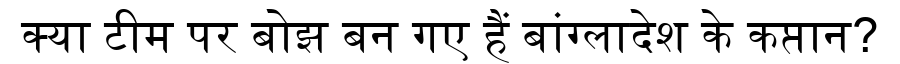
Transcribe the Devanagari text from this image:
क्या टीम पर बोझ बन गए हैं बांग्लादेश के कप्तान?